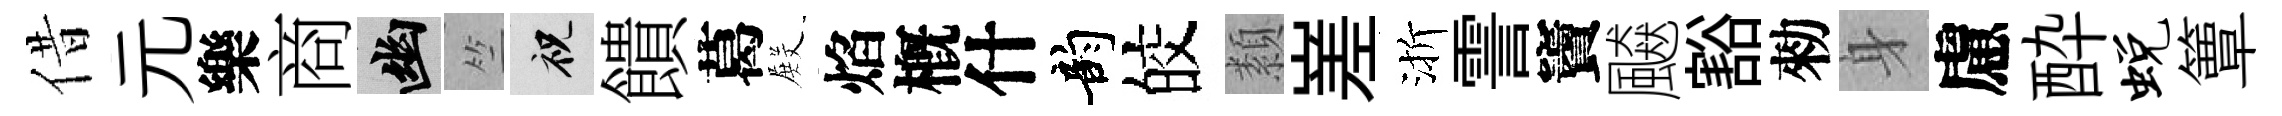
借元樂商幽竺祝饋葛𭮺焰槪什韵皎纇嵳渐霅竇飇豁勑身慮酔蜕簟